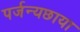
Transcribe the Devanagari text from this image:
पर्जन्यछाया